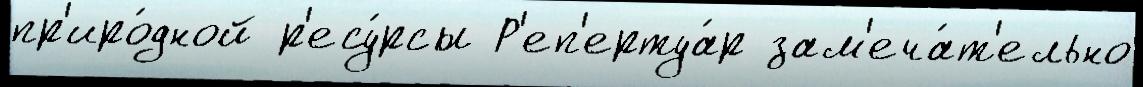
пр'иро́дной р'есу́рсы Р'еп'ертуа́р зам'еча́т'ельно